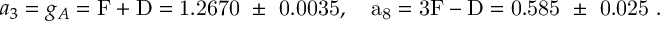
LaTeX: a _ { 3 } = g _ { A } = \mathrm { { F + D } = 1 . 2 6 7 0 ~ \pm ~ 0 . 0 0 3 5 , ~ ~ ~ a _ { 8 } = 3 \mathrm { { F - D } = 0 . 5 8 5 ~ \pm ~ 0 . 0 2 5 ~ . } }